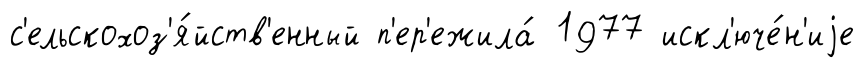
с'ельскохоз'я́йств'енный п'ер'ежила́ 1977 искл'юче́н'иjе